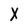
Character: X